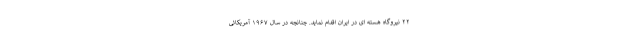
۲۲ نیروگاه هسته ای در ایران اقدام نماید. چنانچه در سال ۱۹۶۷ آمریکائی